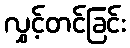
လွှင့်တင်ခြင်း